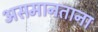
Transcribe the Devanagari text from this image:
असमानताना